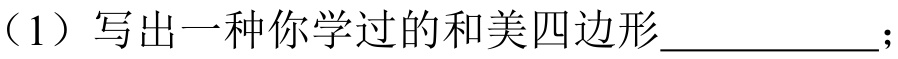
（1）写出一种你学过的和美四边形\(\underline{\quad\quad}\);